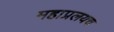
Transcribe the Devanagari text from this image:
महाप्रलयच